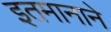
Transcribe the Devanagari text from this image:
इतमानाने